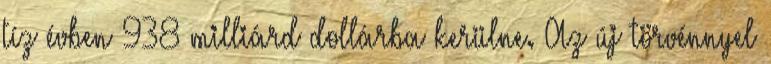
tíz évben 938 milliárd dollárba kerülne. Az új törvénnyel